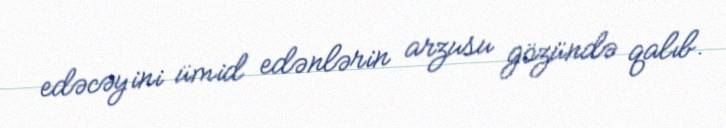
edəcəyini ümid edənlərin arzusu gözündə qalıb.